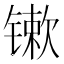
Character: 𨱒